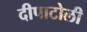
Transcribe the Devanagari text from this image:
दीपाटोली